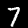
Digit: 7